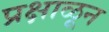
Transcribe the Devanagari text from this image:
प्रक्षाळून